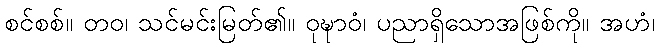
စင်စစ်။ တဝ၊ သင်မင်းမြတ်၏။ ဝုဍ္ဎာဝံ၊ ပညာရှိသောအဖြစ်ကို။ အဟံ၊